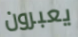
يعبرون